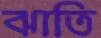
ঝাতি